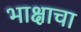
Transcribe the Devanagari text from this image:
भाक्षाचा